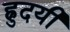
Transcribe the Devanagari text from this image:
ह्रुदयी